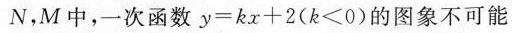
N，M中，一次函数$$y = k x + 2$$($$k ≤ 0$$)的图象不可能